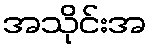
အသိုင်းအ